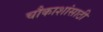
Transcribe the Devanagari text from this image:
चौकाशांसाठी